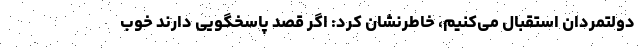
دولتمردان استقبال می‌کنیم، خاطرنشان کرد: اگر قصد پاسخگویی دارند خوب